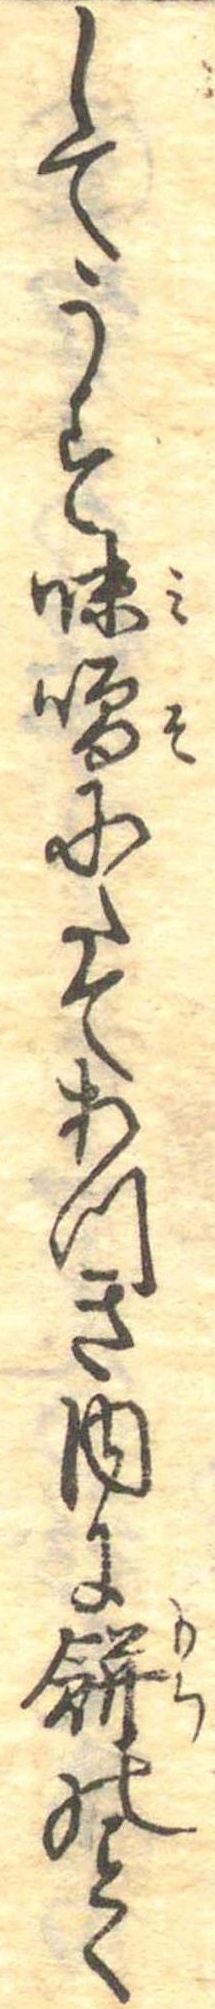
してうす味噌にたてあつき内に餅のく